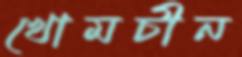
খোমচীন